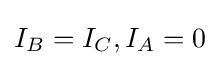
I_{B}=I_{C},I_{A}=0